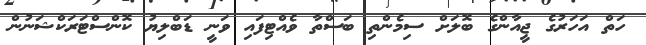
ހަތް އަހަރުގެ ޖީއާންގެ ބޮލަށް ސިމެންތި ބަސްތާ ވެއްޓިފައި ވަނީ ޑަބްލިޔު ކޮންސްޓަރަކްޝަނުން